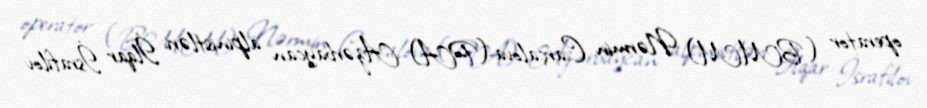
operator (BMM) Nərmin Carçalova (PA) Azərbaycan alpinistləri İlqar İsrafilov